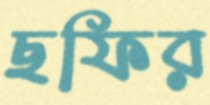
ছফির